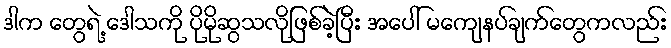
ဒါက တွေရဲ့ ဒေါသကို ပိုမိုဆွသလိုဖြစ်ခဲ့ပြီး အပေါ် မကျေနပ်ချက်တွေကလည်း